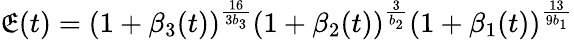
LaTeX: \mathfrak{E}(t)=(1+\beta_{3}(t))^{\frac{{16}}{{3b_{3}}}}(1+\beta_{2}(t))^{\frac{{3}}{{b_{2}}}}(1+\beta_{1}(t))^{\frac{{13}}{{9b_{1}}}}